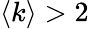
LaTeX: \langle k\rangle>2